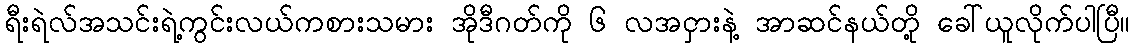
ရီးရဲလ်အသင်းရဲ့ကွင်းလယ်ကစားသမား အိုဒီဂတ်ကို ၆ လအငှားနဲ့ အာဆင်နယ်တို့ ခေါ်ယူလိုက်ပါပြီ။